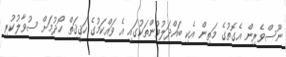
ނޫސްވެރިން އެގޮތުގެ މަތިން އެކި ބައްދަލުވުންތަކުގައި އެ ވައްކަމުގެ ހަޤީޤަތް ހޯދުމަށް ސުވާލުކުރި